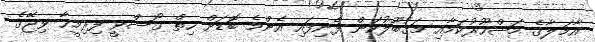
އާމަލާގެ މަޝްހޫރުކަމާއި މަޤުބޫލުކަން ފެނިފައި އެންމެ ބޮޑަށް ހިތް ގޯސްވީ ފިރިމީހާ ވިޖޭގެ